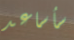
سأساعد